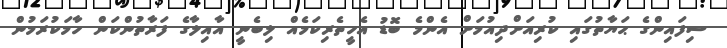
ސިފައިންގެ ޙަޔާތުގައި ކުރިއަށްދިއުމަށް އެންމެ ބޮޑު އެހީތެރިކަމެއް ލިބެނީ އާއިލާގެ ފަރާތުންކަން ހާމަކުރަމުން